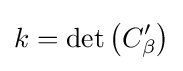
k=\det \left(C_{\beta }'\right)